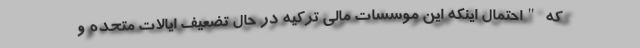
که "احتمال اینکه این موسسات مالی ترکیه در حال تضعیف ایالات متحده و